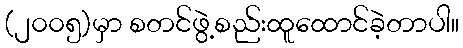
(၂၀၀၅)မှာ စတင်ဖွဲ့စည်းထူထောင်ခဲ့တာပါ။